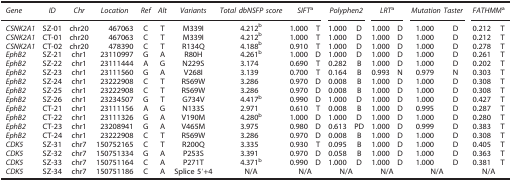
<table><thead><tr><td><b><i>Gene</i></b></td><td><b><i>ID</i></b></td><td><b><i>Chr</i></b></td><td><b><i>Location</i></b></td><td><b><i>Ref</i></b></td><td><b><i>Alt</i></b></td><td><b><i>Variants</i></b></td><td><b><i>Total dbNSFP score</i></b></td><td colspan="2"><b><i>SIFT</i>a</b></td><td colspan="2"><b><i>Polyphen2</i></b></td><td colspan="2"><b><i>LRT</i>a</b></td><td colspan="2"><b><i>Mutation Taster</i></b></td><td colspan="2"><b><i>FATHMM</i>a</b></td></tr></thead><tbody><tr><td><i>CSNK2A1</i></td><td>SZ-01</td><td>chr20</td><td>467063</td><td>C</td><td>T</td><td>M339I</td><td>4.212b</td><td>1.000</td><td>T</td><td>1.000</td><td>D</td><td>1.000</td><td>D</td><td>1.000</td><td>D</td><td>0.212</td><td>T</td></tr><tr><td><i>CSNK2A1</i></td><td>CT-01</td><td>chr20</td><td>467063</td><td>C</td><td>T</td><td>M339I</td><td>4.212b</td><td>1.000</td><td>T</td><td>1.000</td><td>D</td><td>1.000</td><td>D</td><td>1.000</td><td>D</td><td>0.212</td><td>T</td></tr><tr><td><i>CSNK2A1</i></td><td>CT-02</td><td>chr20</td><td>478390</td><td>C</td><td>T</td><td>R134Q</td><td>4.188b</td><td>0.910</td><td>T</td><td>1.000</td><td>D</td><td>1.000</td><td>D</td><td>1.000</td><td>D</td><td>0.278</td><td>T</td></tr><tr><td><i>EphB2</i></td><td>SZ-21</td><td>chr1</td><td>23110997</td><td>G</td><td>A</td><td>R80H</td><td>4.261b</td><td>1.000</td><td>D</td><td>1.000</td><td>D</td><td>1.000</td><td>D</td><td>1.000</td><td>D</td><td>0.261</td><td>T</td></tr><tr><td><i>EphB2</i></td><td>SZ-22</td><td>chr1</td><td>23111444</td><td>A</td><td>G</td><td>N229S</td><td>3.174</td><td>0.690</td><td>T</td><td>0.282</td><td>B</td><td>1.000</td><td>D</td><td>1.000</td><td>D</td><td>0.202</td><td>T</td></tr><tr><td><i>EphB2</i></td><td>SZ-23</td><td>chr1</td><td>23111560</td><td>G</td><td>A</td><td>V268I</td><td>3.139</td><td>0.700</td><td>T</td><td>0.164</td><td>B</td><td>0.993</td><td>N</td><td>0.979</td><td>N</td><td>0.303</td><td>T</td></tr><tr><td><i>EphB2</i></td><td>SZ-24</td><td>chr1</td><td>23222908</td><td>C</td><td>T</td><td>R569W</td><td>3.286</td><td>0.970</td><td>D</td><td>0.008</td><td>B</td><td>1.000</td><td>D</td><td>1.000</td><td>D</td><td>0.308</td><td>T</td></tr><tr><td><i>EphB2</i></td><td>SZ-25</td><td>chr1</td><td>23222908</td><td>C</td><td>T</td><td>R569W</td><td>3.286</td><td>0.970</td><td>D</td><td>0.008</td><td>B</td><td>1.000</td><td>D</td><td>1.000</td><td>D</td><td>0.308</td><td>T</td></tr><tr><td><i>EphB2</i></td><td>SZ-26</td><td>chr1</td><td>23234507</td><td>G</td><td>T</td><td>G734V</td><td>4.417b</td><td>0.990</td><td>D</td><td>1.000</td><td>D</td><td>1.000</td><td>D</td><td>1.000</td><td>D</td><td>0.427</td><td>T</td></tr><tr><td><i>EphB2</i></td><td>CT-21</td><td>chr1</td><td>23111156</td><td>A</td><td>G</td><td>N133S</td><td>2.971</td><td>0.610</td><td>T</td><td>0.008</td><td>B</td><td>1.000</td><td>D</td><td>0.995</td><td>D</td><td>0.287</td><td>T</td></tr><tr><td><i>EphB2</i></td><td>CT-22</td><td>chr1</td><td>23111326</td><td>G</td><td>A</td><td>V190M</td><td>4.280b</td><td>1.000</td><td>D</td><td>1.000</td><td>D</td><td>1.000</td><td>D</td><td>1.000</td><td>D</td><td>0.280</td><td>T</td></tr><tr><td><i>EphB2</i></td><td>CT-23</td><td>chr1</td><td>23208941</td><td>G</td><td>A</td><td>V465M</td><td>3.975</td><td>0.980</td><td>D</td><td>0.613</td><td>PD</td><td>1.000</td><td>D</td><td>0.999</td><td>D</td><td>0.383</td><td>T</td></tr><tr><td><i>EphB2</i></td><td>CT-24</td><td>chr1</td><td>23222908</td><td>C</td><td>T</td><td>R569W</td><td>3.286</td><td>0.970</td><td>D</td><td>0.008</td><td>B</td><td>1.000</td><td>D</td><td>1.000</td><td>D</td><td>0.308</td><td>T</td></tr><tr><td><i>CDK5</i></td><td>SZ-31</td><td>chr7</td><td>150752165</td><td>C</td><td>T</td><td>R200Q</td><td>3.335</td><td>0.930</td><td>T</td><td>0.095</td><td>B</td><td>1.000</td><td>D</td><td>1.000</td><td>D</td><td>0.405</td><td>T</td></tr><tr><td><i>CDK5</i></td><td>SZ-32</td><td>chr7</td><td>150751334</td><td>G</td><td>A</td><td>P253S</td><td>3.391</td><td>0.970</td><td>D</td><td>0.058</td><td>B</td><td>1.000</td><td>D</td><td>1.000</td><td>D</td><td>0.363</td><td>T</td></tr><tr><td><i>CDK5</i></td><td>SZ-33</td><td>chr7</td><td>150751164</td><td>C</td><td>A</td><td>P271T</td><td>4.371b</td><td>0.990</td><td>D</td><td>1.000</td><td>D</td><td>1.000</td><td>D</td><td>1.000</td><td>D</td><td>0.381</td><td>T</td></tr><tr><td><i>CDK5</i></td><td>SZ-34</td><td>chr7</td><td>150751186</td><td>C</td><td>A</td><td>Splice 5′+4</td><td>N/A</td><td colspan="2">N/A</td><td colspan="2">N/A</td><td colspan="2">N/A</td><td colspan="2">N/A</td><td colspan="2">N/A</td></tr></tbody></table>